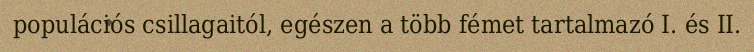
populációs csillagaitól, egészen a több fémet tartalmazó I. és II.